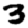
Digit: 3